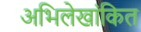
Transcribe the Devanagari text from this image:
अभिलेखांकित